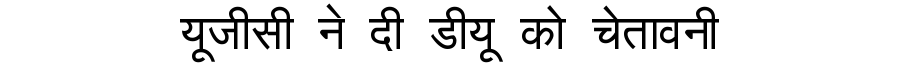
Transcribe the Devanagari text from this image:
यूजीसी ने दी डीयू को चेतावनी